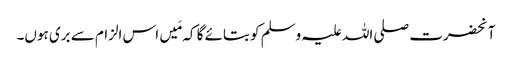
آنحضرت صلی اللہ علیہ وسلم کو بتائے گا کہ مَیں اس الزام سے بری ہوں۔